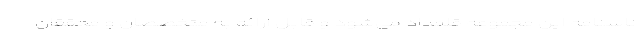
ناسنامه این مجموعه قلمداد می‌شود و قابل ارائه به متخصصان و محققان